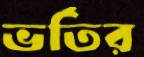
ভর্তির